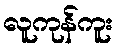
လူကုန်ကူး